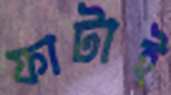
ফাটাই